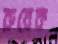
রুবেক